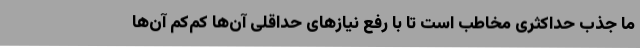
ما جذب حداکثری مخاطب است تا با رفع نیازهای حداقلی آن‌ها کم‌کم آن‌ها